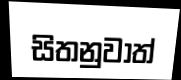
සිතනුවාත්